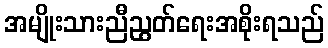
အမျိုးသားညီညွတ်ရေးအစိုးရသည်